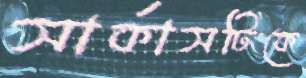
সার্কাসটিকে